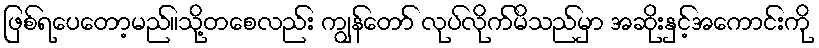
ဖြစ်ရပေတော့မည်။သို့တစေလည်း ကျွန်တော် လုပ်လိုက်မိသည်မှာ အဆိုးနှင့်အကောင်းကို